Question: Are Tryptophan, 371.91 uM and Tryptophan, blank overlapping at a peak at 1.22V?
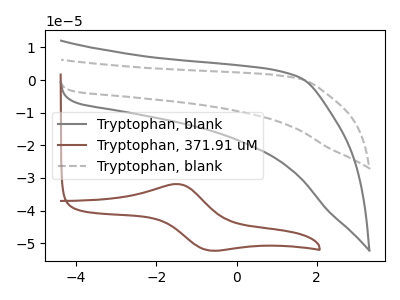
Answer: <think>The gray curve "Tryptophan, blank" has no peaks. The brown curve "Tryptophan, 371.91 uM" has an anodic peak at (-1.45V, -31.90uA) and a cathodic peak at (-0.70V, -52.20uA). The gray dashed curve "Tryptophan, blank" has no peaks.</think>
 <answer>No, "Tryptophan, 371.91 uM" and "Tryptophan, blank" dont share a peak at 1.22V.</answer>
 <eval>mismatch</eval>